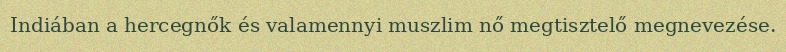
Indiában a hercegnők és valamennyi muszlim nő megtisztelő megnevezése.